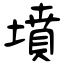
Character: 墳